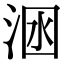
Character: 𣴺